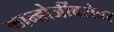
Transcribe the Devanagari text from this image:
कान्होजींबरोबर